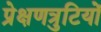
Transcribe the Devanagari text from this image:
प्रेक्षणत्रुटियों